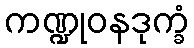
ကဏ္ဍုဝနဒုက္ခံ